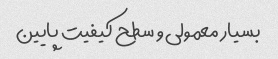
بسیار معمولی و سطح کیفیت پایین